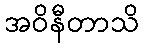
အဝိနီတာသိ